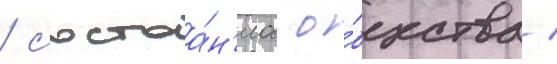
/ состоа́н'иа о́бщества /